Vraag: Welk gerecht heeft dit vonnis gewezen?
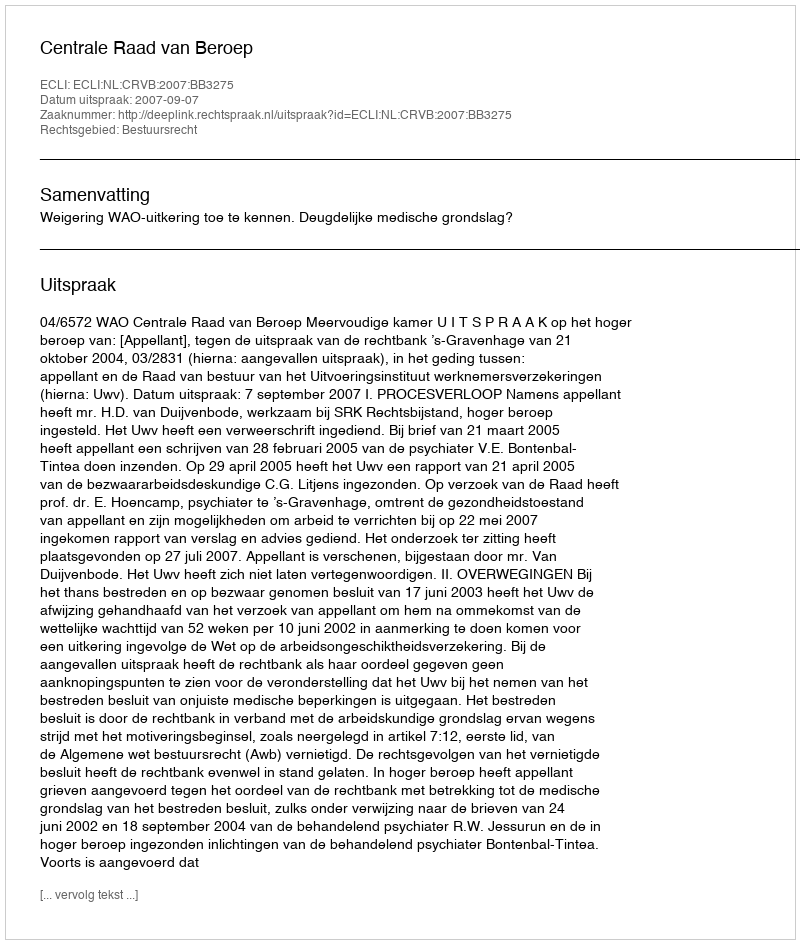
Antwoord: Centrale Raad van Beroep